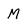
Character: M